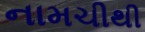
નામચીથી